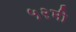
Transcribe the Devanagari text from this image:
५२मी